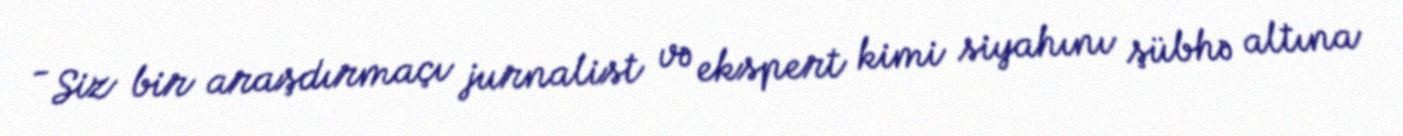
- Siz bir araşdırmaçı jurnalist və ekspert kimi siyahını şübhə altına